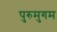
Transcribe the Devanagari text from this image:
पुरुमुगम